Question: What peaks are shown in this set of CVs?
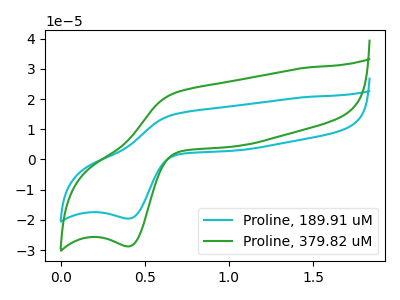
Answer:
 <answer>The cyan curve "Proline, 189.91 uM" has an anodic peak at (0.70V, 15.00uA) and a cathodic peak at (0.40V, -19.55uA). The green curve "Proline, 379.82 uM" has an anodic peak at (0.70V, 22.05uA) and a cathodic peak at (0.40V, -28.75uA).</answer>
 <eval></eval>